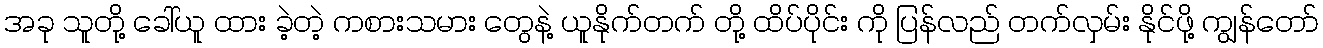
အခု သူတို့ ခေါ်ယူ ထား ခဲ့တဲ့ ကစားသမား တွေနဲ့ ယူနိုက်တက် တို့ ထိပ်ပိုင်း ကို ပြန်လည် တက်လှမ်း နိုင်ဖို့ ကျွန်တော်